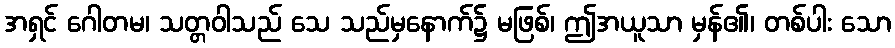
အရှင် ဂေါတမ၊ သတ္တဝါသည် သေ သည်မှနောက်၌ မဖြစ်၊ ဤအယူသာ မှန်၏၊ တစ်ပါး သော